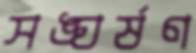
সঙ্ঘর্ষণ